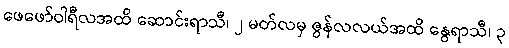
ဖေဖော်ဝါရီလအထိ ဆောင်းရာသီ၊ ၂ မတ်လမှ ဇွန်လလယ်အထိ နွေရာသီ၊ ၃